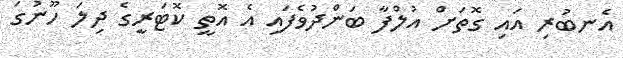
އެނބުރި އައި ގޮތަށް އުލްފާ ބަންދުވެފައި އެ އޮތީ ކޮޓަރީގެ ދިލަ ހޫނުގަ